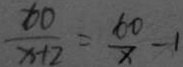
\frac { 6 0 } { x + 2 } = \frac { 6 0 } { x } - 1